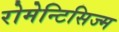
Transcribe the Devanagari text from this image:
रोमेन्टिसिज्म